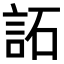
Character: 𧦳